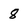
Character: 8